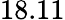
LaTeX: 18.11